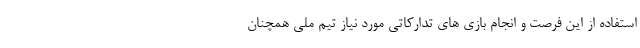
استفاده از این فرصت و انجام بازی های تدارکاتی مورد نیاز تیم ملی همچنان